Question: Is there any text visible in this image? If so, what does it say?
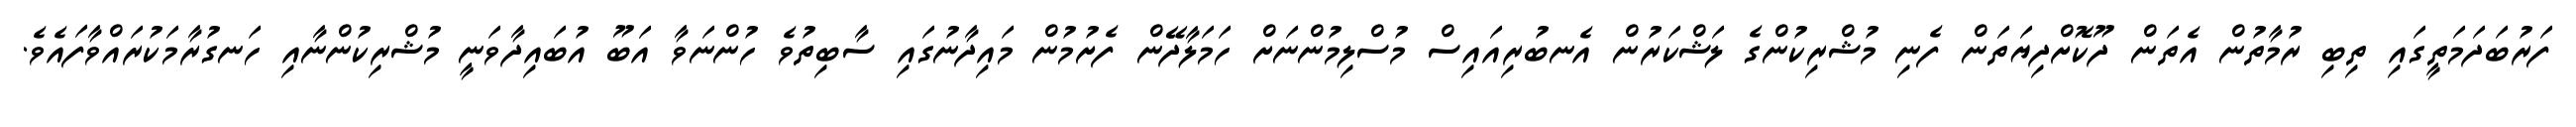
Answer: ފަރުބަދަމަތީގައި ތިބި ރުމާތުން އެތަން ދޫކޮށްދިޔަތަން ފެނި މުޝްރިކުންގެ ލަޝްކަރުން އެނބުރިއައިސް މުސްލިމުންނަށް ހަމަލާދޭން ފެށުމުން މައިދާނުގައި ސާބިތުވެ ހުންނަވާ އަބޫ އުބައިދާވަނީ މުޝްރިކުންނާއި ހަނގުރާމަކުރައްވާފައެވެ.